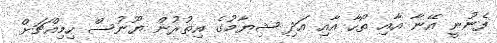
ފެނުނީ އޭނާ އާއި ތޯހާ އާއި އަދި ޝިޔާމުގެ އިތުރުން ޔޫނުސް ހިމިއްޗަށް